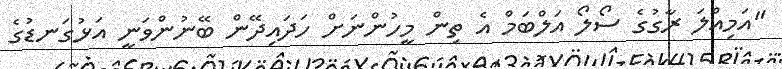
"އަމިއްލަ ރާގުގެ ސޯލޯ އަލްބަމް އެ ތިން މީހުންނަށް ހަދައިދޭން ބޭނުންވަނީ އަޅުގަނޑުގެ